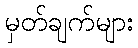
မှတ်ချက်များ